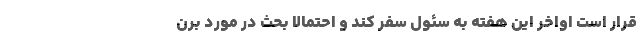
قرار است اواخر این هفته به سئول سفر کند و احتمالا بحث در مورد برن